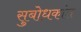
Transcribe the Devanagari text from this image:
सुबोधकांत